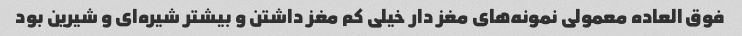
فوق العاده معمولی نمونه‌های مغز دار خیلی کم مغز داشتن و بیشتر شیره‌ای و شیرین بود